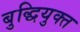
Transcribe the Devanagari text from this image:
बुद्धियुक्‍त